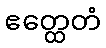
ဧတ္ထေတံ